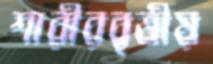
শারীরবৃত্তীয়